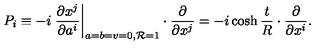
P _ { i } \equiv - i \left. \frac { \partial x ^ { j } } { \partial a ^ { i } } \right| _ { a = b = v = 0 , { \cal R } = 1 } \cdot \frac { \partial } { \partial x ^ { j } } = - i \cosh \frac { t } { R } \cdot \frac { \partial } { \partial x ^ { i } } .